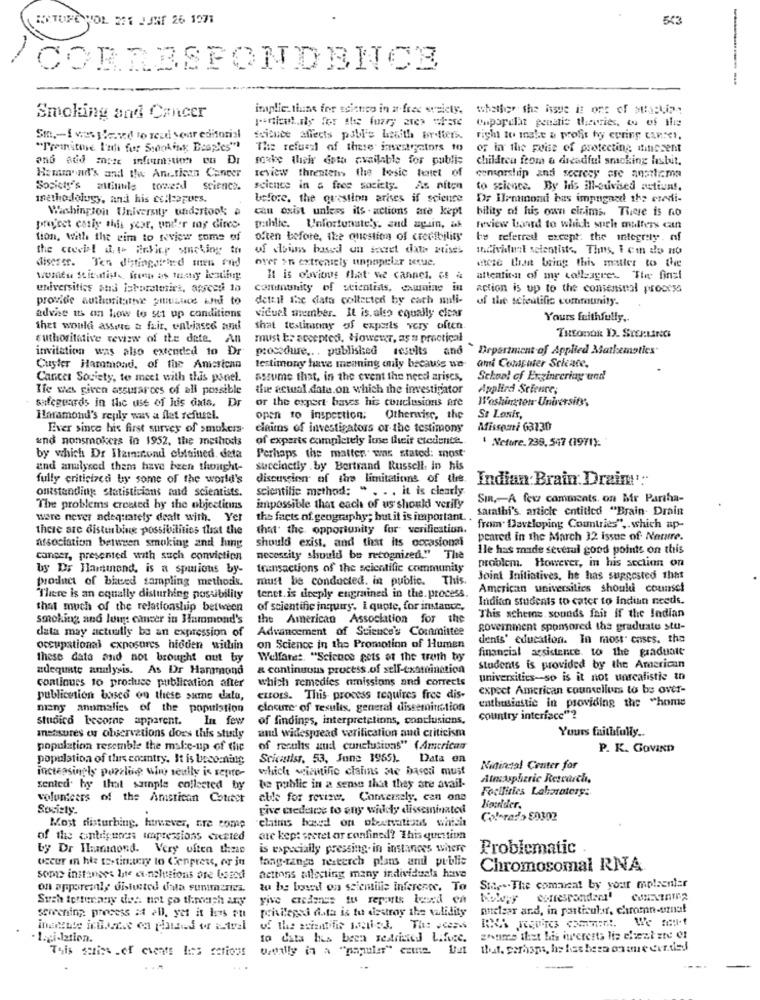
BERTONE WOL EFE JJH 26 1971
543
CORRESPONDENCE
----
inaplic. thine for science in a free weicty.
whether the issue is one of stacking
Smoking and Cancer
Conpapelat penatis theories, ou of the
St .- 1 wewilmsved to read your editorial
Ssiluce affects pobl's Lasith bor-liers.
right to inshe & profit ty cering can:et.
"Proinstore Fait for Steching Besples"
The refuel of these investigators to
of in the prise of protecting omnissent
soake their data available for publis
children from a dreadful smoking lısluit,
review threatens the basic tenet of
Hemm'id's and the American Cancer
censorship and secrecy are anathema
Society's altindle towerd science.
science in & free society.
As níton
to science. By Ids ill-advised astiunt.
methodology, and his colleagues.
before, the question arises if science
Dr Hlenmondi bas impugand the eredi-
Washington University undertook a
cau exit unless its . actions are kept
bility of his own cicims, There is no
project catiy this year, undfor may dince-
pathlie. Unfortunately, and apun, ak
review Woord to which suele mutters can
tion, With the aim to review some of
often before, the question of credibility
be referred except: the integrity. nf
the crucis! il to inFier smoking ta
of coins based on secret data grises
individuel scientists. Thus, I ci do no
disessr. Ten distingolehed men and
over an extremely unpopular itue.
stete that bring this matter to the
It is obvious that we cannet. of &
attention of my colleagres The finz!
universities phd laboratories, assecui 10
caminunity of scientists, exwnine in
action is up to the comensual process
provide authoritative gusanos wil to
dettil the data collected by cath muli-
of the scientific community.
advhe its an how to sti up conditions
vicuel member. It is. also equally clear
Yours faithfully ..
thet would assis a fair, enbiasse arl
that testimony of experts very often
authoritative review of the date. An
must be acceptedi. However, as a practical
Tutonox D. Srotinas
invitation was also extended to Dr
procedure .. . published results and Department of Applied Mathematics"
Cuyler Hammond, of the American
testimony have meaning only because we
ami Computer Science.
Cancer Society, to meet with this pinel.
assume that, in the event the need arises,
School of Engineering and
Ile was given assurarocs of all possible
the actual date.on which the investigator
Applied Science;
safeguards in the use of his dats. Dr
or the expert bases his conclusions are
Washington University,
Horamond's reply was a flet refuisel.
open to inspection;
Otherwise, the
St Louis,
Ever since his first survey of smokers-
claims of investigators or the testimony
Missouri 63130
und nonsmokers in 1952, the methods
of experts completely lose their etedente.
' Nefore.238, 547 (1971).
by which Dr Slam:cond obtained. deta
Perhaps the matter was stated: most
and analysed them have been thought-
succinctly . by Bertrand Russell. in his
fully criticized by some of the world's
discussion of the limitations of the.
Indian Brain Drain':
outstanding Statisticians maid scientists.
scientilie method: " . .. it is clearly.
SIR ,- A few comments. on Mir Partha-
The problems created by the objectitins
impossible that each of us should verify
sarathi's article entitled "Brain Drain
were never adequately dealt with. Yer
the facts of geography; but it is important. .
there are disturbing possibilities tlast the
that the opportunity for verification.
" from" Developing Countries" ,. which ap-
association between smoking and lung
should exist, and that its occasional
peared in the March 32 issue of Nature.
1le has made several good points on this
canper, presented with such conviction
necessity should be recognized." The
problem. However, in his section on
by Dr Hammond, is a spurious by-
transactions of the scientific community
product of bived sampling methodik.
must be conducted. in public. This.
Joint Initiatives, he has suggested that
American universities shouldi counsel
There is an equally disturbing possibility
tenet. is deeply engrained in the. process.
Indian students to cater to indian needs.
that much of the relationship between
of scientific inquiry. i quote, for instance,
smoking and lung cancer in Hammond's
the American Association for the
This scheine sounds fait If the Indian
data may actually be an expression of
Advancement of Science's Committee
government sponsored the graduate stu-
dents' education. In most cases. tha
occupational exposures hidden within on Science in the Promotion of Humen
financial assistance. to the graduate
these data and not brought out by
Welfaret. "Science gets ot the truth by
adequate analysis. As Dr Hammond
& continuous process.of self-exottinction
Students is provided by the American
which remedies amissions and corrects
universities-so is it not unrealistic tn
continues to produce publication after
expect American counsellors to bs over-
publicusion basco on these sume datu,
CHOIS. This process requires free dis-
enthusiastic in providing the "home
many anomalies of the population
clname of results, general dissemination
studica become apparent. In few
of findings, interpretelions, conclusions,
country interface"?
Yours faithfully ..
measures ous observations does this study
and widespread verification and criticism
population resemble the make-up of the
of results aud conclusions" (American
P. K. GOVIND
population of this country. It is becoming
Scicatisr, 53, June 1965). Data on
which wiamtific clalins me basesi must
Ninindal Center for
increasingly puzzling win really is sepro-
Atmospheric Research,
sented by that sample collected by
be public in a sense that they ate avail-
Facilities Labaraters:
volunteers of the American Couett
able for revize. Conversely, can ons
Society.
Five cedare to any widely disseminated
Boulder.
"claims hoeed on obervations which
Col-radio 80302
Most disturbing, however, nre comp
of the antiiguess impressions created
are kept secret ar confined? This question
by Dr Himcond. Very often theas
is expecially pressing. in instances where
Problematic
occur in hle testingtesy lo Cenpress, or in
long-range resterch plans and public
Chromosomal RNA
sopa2 instances The conclusions are Usted
actions silecting many individuals have
on apporeanly distusted dala sunimariea.
to be bost ons scientilie inference. To
Sines. The comarcal by your molsenter
give excdance to reports band en
privilegsi data is tu destroy the validity
nuclear and, in particular, chromn-uznal
screening process at all, yet it lors ou
Lapidation.
to data his been sedrined Lifuic.
gonmes that his wwcresta lis chezt zre er
This schiss .of events lits actions